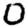
Digit: 0